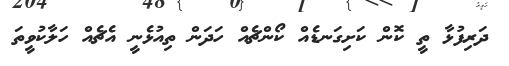
ދަރިފުޅާ ތީ ކޮން ކަށިގަނޑެއް ކޯންޗެއް ހަދަން ތިއުޅެނީ އެޗެއް ހަލާކުވީތަ